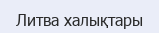
Литва халықтары